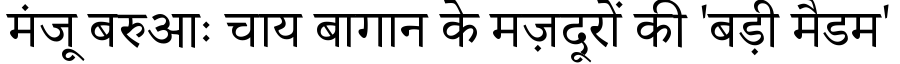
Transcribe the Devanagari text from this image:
मंजू बरुआः चाय बागान के मज़दूरों की 'बड़ी मैडम'